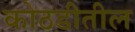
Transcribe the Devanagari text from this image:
कोठडीतील